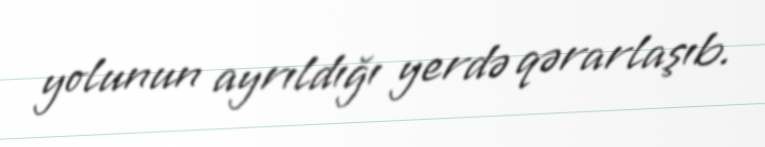
yolunun ayrıldığı yerdə qərarlaşıb.